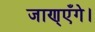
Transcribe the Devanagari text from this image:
जाण्‌एँगे।